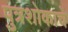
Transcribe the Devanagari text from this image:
पुत्रशोकाचे